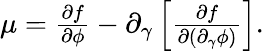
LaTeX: \begin{array}{r}{\mu=\frac{\partial f}{\partial\phi}-\partial_{\gamma}\left[\frac{\partial f}{\partial\left(\partial_{\gamma}\phi\right)}\right].}\end{array}